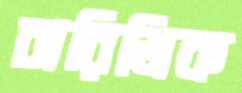
চারিত্রিক